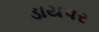
ડાયપર